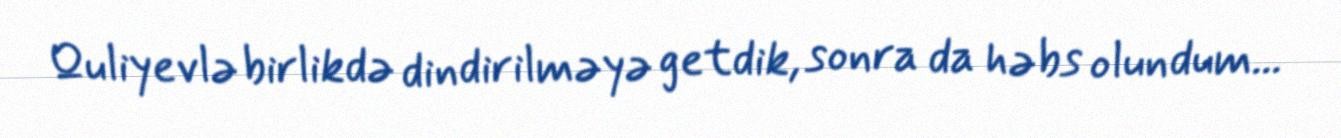
Quliyevlə birlikdə dindirilməyə getdik, sonra da həbs olundum...